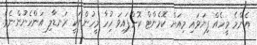
އެންމެ މީހެއް ފިޔަވައި މިއަށް ކޮމެންޓް ކޮށްފައިވަ ހުިހާ މީހުންނަކީ ރަނޑާލި އަންހެނުންނެވެ.